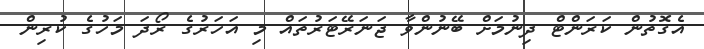
އެގޮތުން ކަރަންޓް ދިނުމަށް ބޭނުންވާ ޖަނަރޭޓަރުތައް މި އަހަރުގެ ރޯދަ މަހުގެ ކުރިން